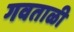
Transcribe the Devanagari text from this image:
गवताळी